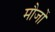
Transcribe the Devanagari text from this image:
मौजों